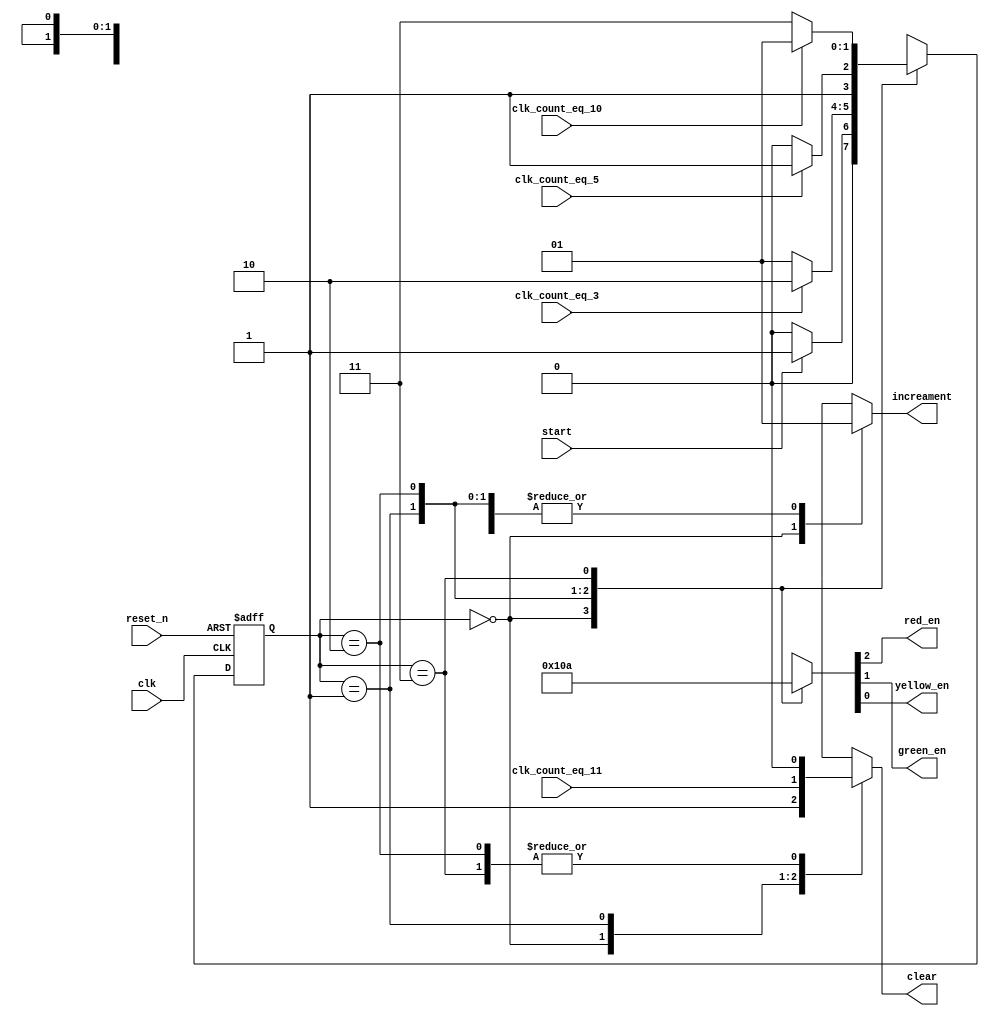
module controller(
    input clk, 
    input reset_n, 
    input start, 
    input clk_count_eq_3, 
    input clk_count_eq_5, 
    input clk_count_eq_10,
    input clk_count_eq_11,

    output reg clear, increament,
    output reg red_en, green_en, yellow_en
);  
    
    reg [1:0] present_state, next_state; 

    parameter IDLE = 2'b00; 
    parameter RED = 2'b01; 
    parameter YELLOW = 2'b10; 
    parameter GREEN = 2'b11; 

    always @(*) begin
        begin: NSL
            case(present_state)
                IDLE    : next_state = start? RED: IDLE; 
                RED     : next_state = clk_count_eq_3? YELLOW: RED; 
                YELLOW  : next_state = clk_count_eq_5? GREEN: YELLOW; 
                GREEN   : next_state = clk_count_eq_10? RED: GREEN; 
            endcase
        end

        begin: OL
            case(present_state)
                IDLE    : begin
                    {red_en, green_en, yellow_en} = 3'b000;
                     clear = 1; 
                     increament = 0; 
                end
                RED     : begin
                    {red_en, green_en, yellow_en} = 3'b100;
                     clear = clk_count_eq_11; 
                     increament = 1; 
                end
                YELLOW  : begin
                    {red_en, green_en, yellow_en} = 3'b001;
                     clear = 0; 
                     increament = 1; 
                end 
                GREEN   : begin
                    {red_en, green_en, yellow_en} = 3'b010;
                     clear = 0; 
                     increament = 1; 
                end
            endcase 
        end 
    end 

    always @(posedge clk or negedge reset_n) begin
        if(!reset_n) 
            present_state <= IDLE; 
        else 
            present_state <= next_state; 
    end 
endmodule